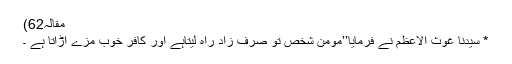
مقالہ62)
* سیّدنا غوث الاعظمؓ نے فرمایا’’مومن شخص تو صرف زادِ راہ لیتاہے اور کافر خوب مزے اڑاتا ہے ۔